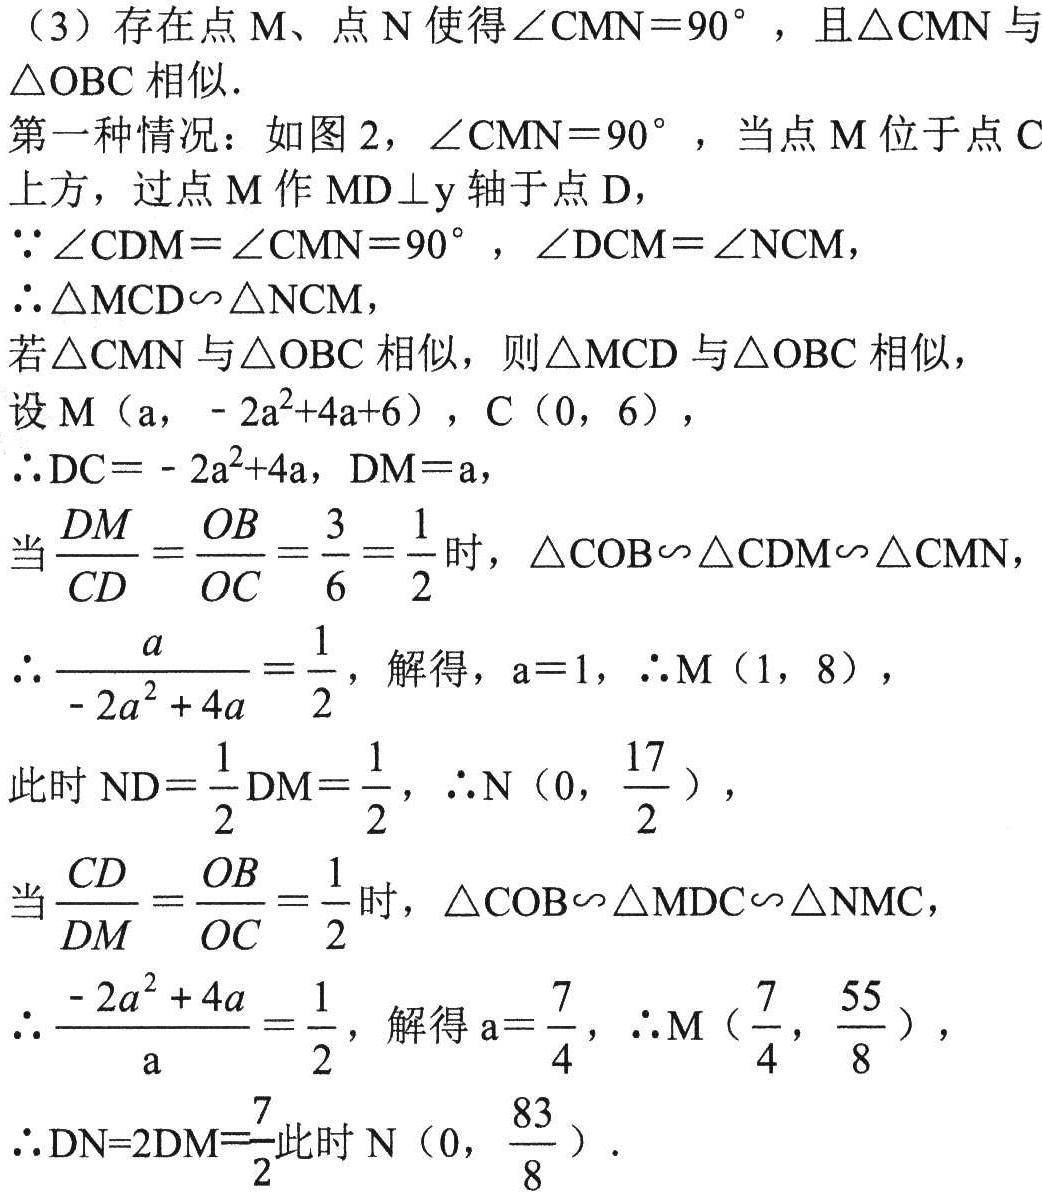
（3）存在点 M、点 N 使得\(\angle CMN = 90^{\circ}\)，且\(\triangle CMN\)与\(\triangle OBC\)相似．
第一种情况：如图 2，\(\angle CMN = 90^{\circ}\)，当点 M 位于点 C 上方，过点 M 作\(MD\perp y\)轴于点 D，
\(\because\angle CDM=\angle CMN = 90^{\circ}\)，\(\angle DCM=\angle NCM\)，
\(\therefore\triangle MCD\sim\triangle NCM\)，则\(\triangle MCD\)与\(\triangle OBC\)相似，
若\(\triangle CMN\)与\(\triangle OBC\)相似，则\(\triangle MCD\)与\(\triangle OBC\)相似，
设\(M(a, - 2a^{2}+4a + 6)\)，\(C(0, 6)\)，
\(\therefore DC=- 2a^{2}+4a\)，\(DM = a\)，
当\(\frac{DM}{CD}=\frac{OB}{OC}=\frac{3}{6}=\frac{1}{2}\)时，\(\triangle COB\sim\triangle CDM\sim\triangle CMN\)，
\(\therefore\frac{a}{- 2a^{2}+4a}=\frac{1}{2}\)，解得，\(a = 1\)，\(\therefore M(1, 8)\)，
此时\(ND=\frac{1}{2}DM=\frac{1}{2}\)，\(\therefore N(0,\frac{17}{2})\)，
当\(\frac{CD}{DM}=\frac{OB}{OC}=\frac{1}{2}\)时，\(\triangle COB\sim\triangle MDC\sim\triangle NMC\)，
\(\therefore\frac{- 2a^{2}+4a}{a}=\frac{1}{2}\)，解得\(a=\frac{7}{4}\)，\(\therefore M(\frac{7}{4},\frac{55}{8})\)，
\(\therefore DN = 2DM=\frac{7}{2}\)此时\(N(0,\frac{83}{8})\)．